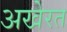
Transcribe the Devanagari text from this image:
अखेरत